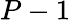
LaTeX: P-1